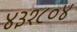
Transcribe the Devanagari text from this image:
४३१८०४